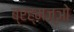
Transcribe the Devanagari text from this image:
ब्रह्मज्ञो